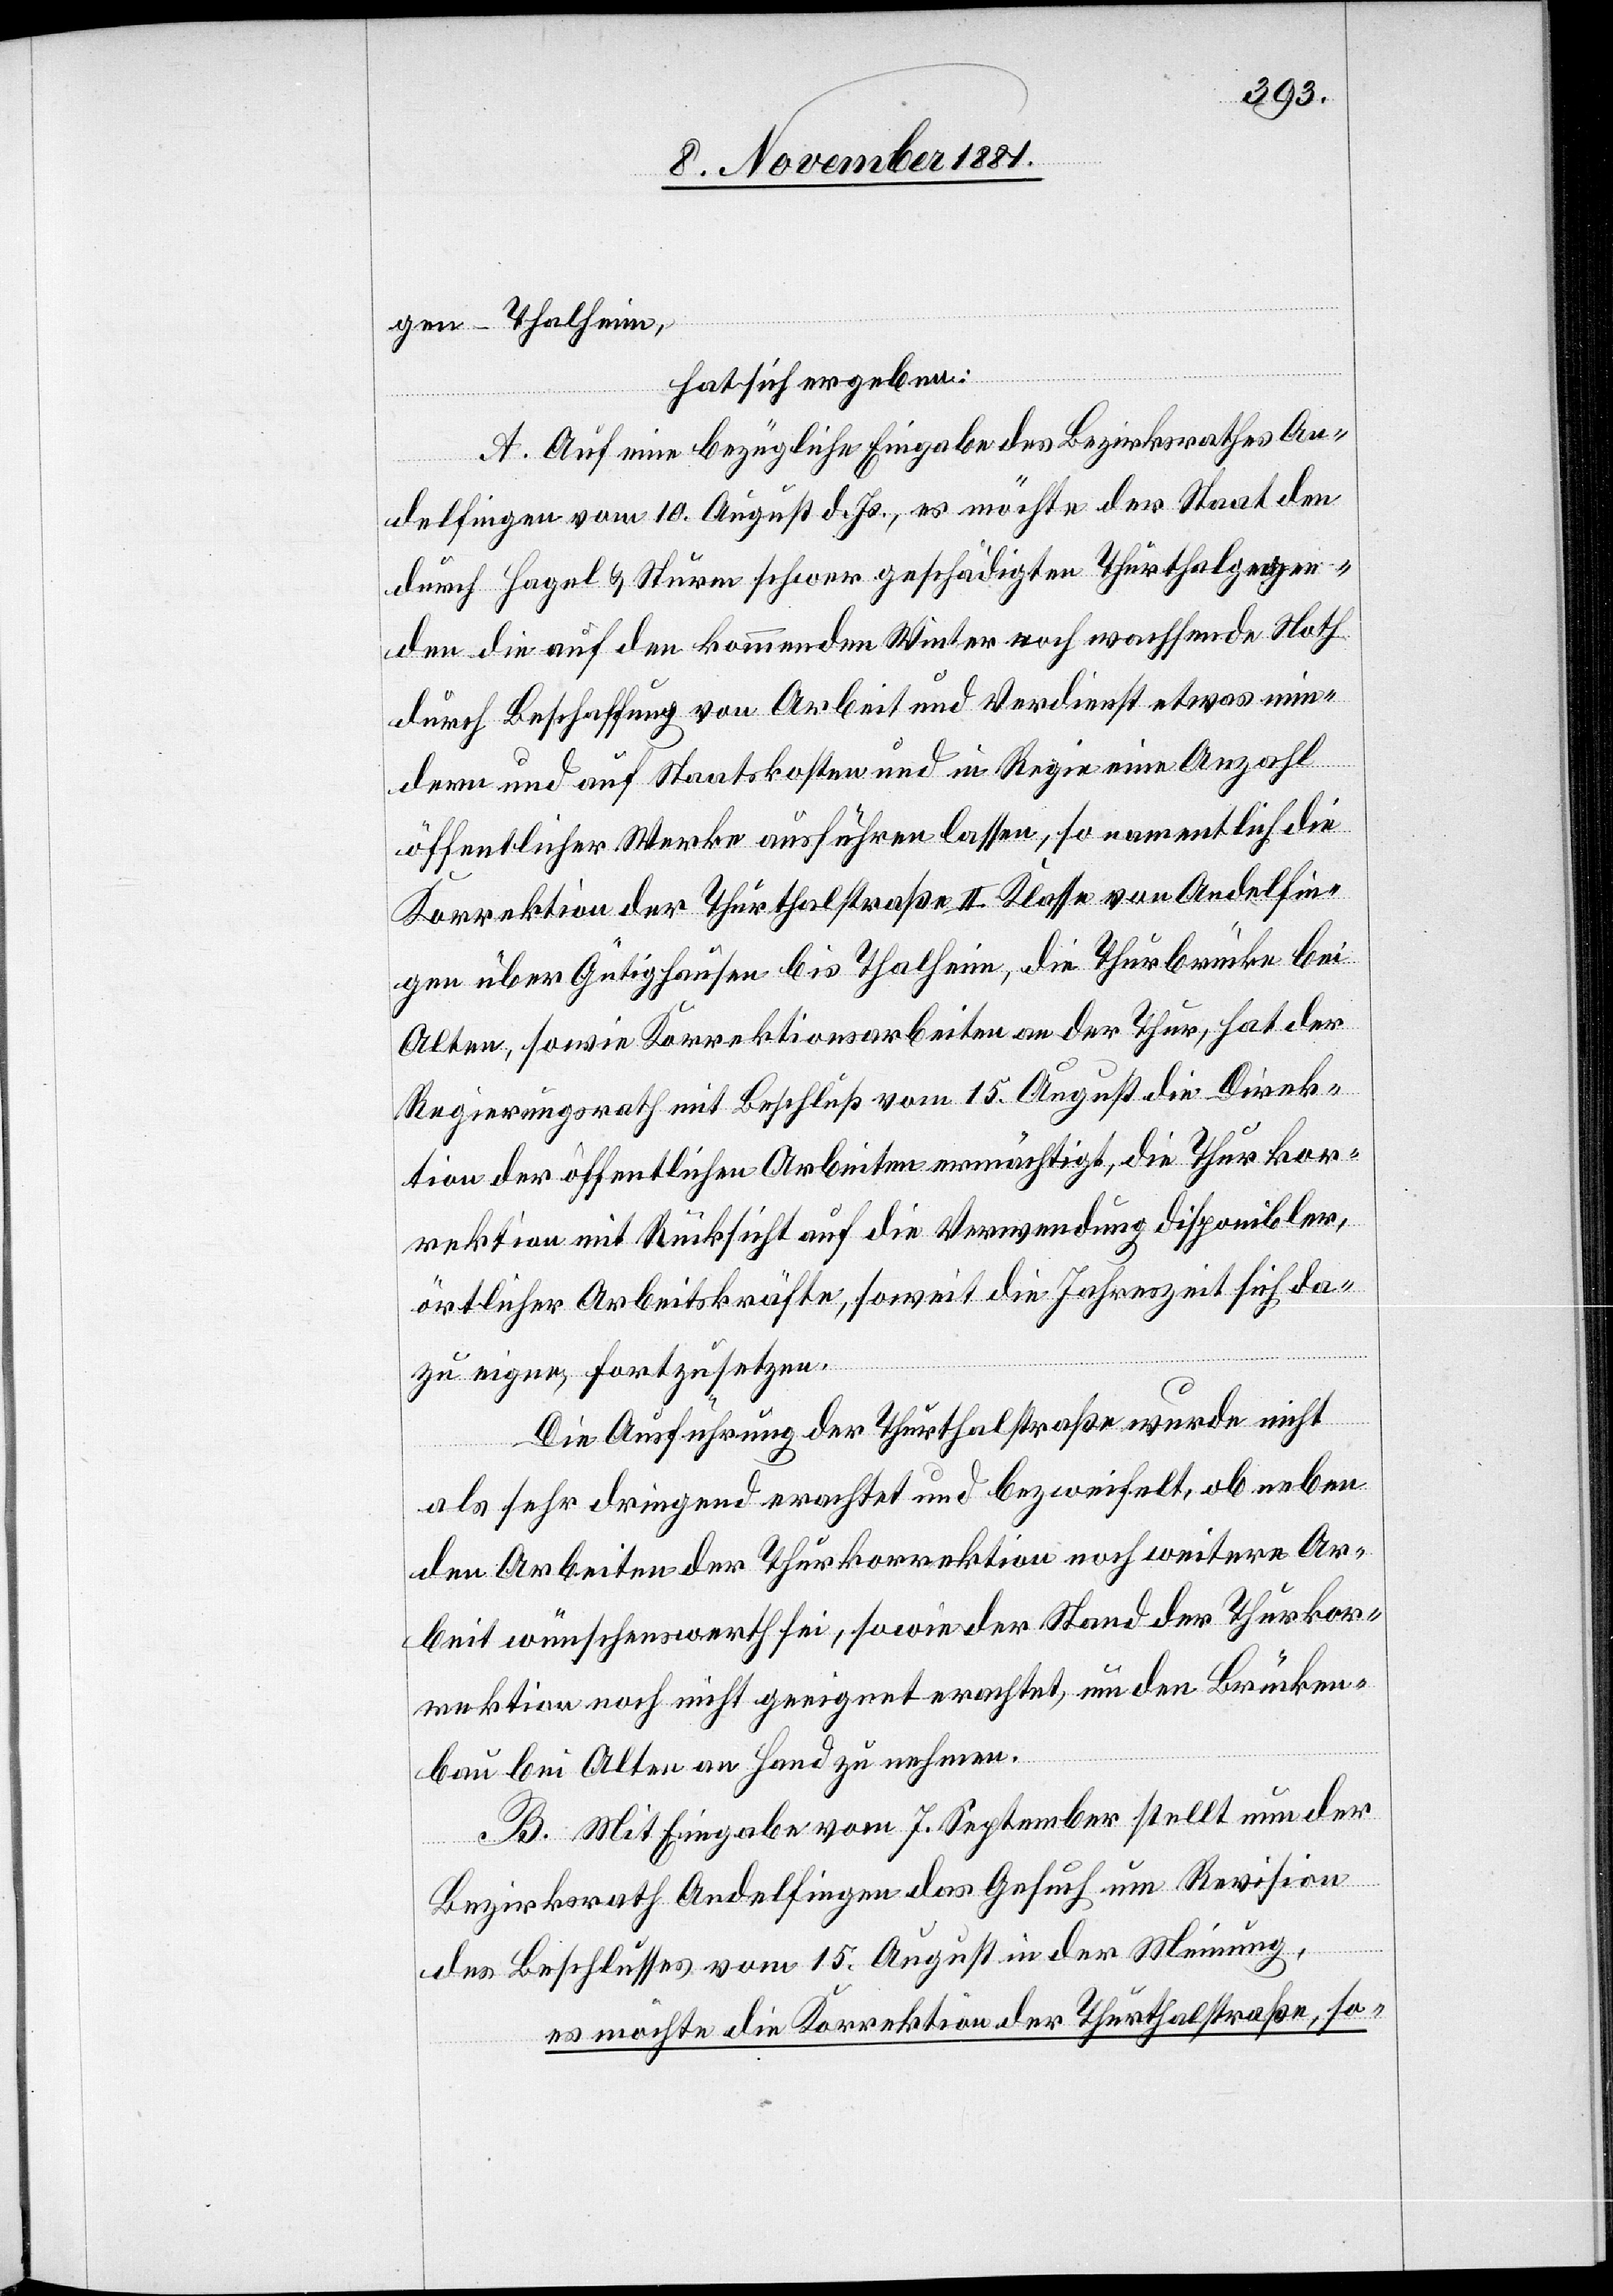
gen–Thalheim
hat sich ergeben:
A. Auf eine bezügliche Eingabe des Bezirksrathes An¬
delfingen vom 10 August d. Js., es möchte der Staat den
durch Hagel & Sturm schwer geschädigten Thurthalgegen¬
den die auf den kommenden Winter noch wachsende Noth
durch Beschaffung von Arbeit und Verdienst etwas min¬
dern und auf Staatskosten und in Regie eine Anzahl
öffentlicher Werke ausführen lassen, so namentlich die
Korrektion der Thurthalstraße II. Klasse von Andelfin¬
gen über Gütighausen bis Thalheim, die Thurbrücke bei
Alten, sowie Korrektionsarbeiten an der Thur, hat der
Regierungsrath mit Beschluß vom 15 August die Direk¬
tion der öffentlichen Arbeiten ermächtigt, die Thurkor¬
rektion mit Rücksicht auf die Verwendung disponibler,
örtlicher Arbeitskräfte, soweit die Jahreszeit sich da¬
zu eigne, fortzusetzen.
Die Ausführungen der Thurthalstraße wurde nicht
als sehr dringend erachtet und bezweifelt, ob neben
den Arbeiten der Thurkorrektion noch weitere Ar¬
beit wünschenswerth sei, sowie der Stand der Thurkor¬
rektion noch nicht geeignet erachtet, um den Brücken¬
bau bei Alten an Hand zu nehmen.
B. Mit Eingabe vom 7. September stellt nun der
Bezirksrath Andelfingen das Gesuch um Revision
des Beschlusses vom 15 August in der Meinung,
es möchte die Korrektion der Thurthalstraße, so-